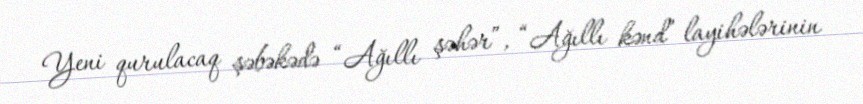
Yeni qurulacaq şəbəkədə “Ağıllı şəhər”, “Ağıllı kənd” layihələrinin